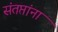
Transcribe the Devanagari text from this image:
संतप्तांना